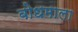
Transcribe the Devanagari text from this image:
बोधमाला